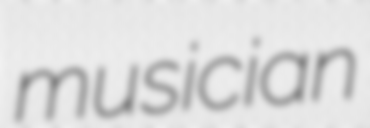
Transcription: musician